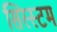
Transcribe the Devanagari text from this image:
सिस्स्टम